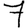
Digit: 7